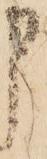
申